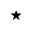
\bigstar